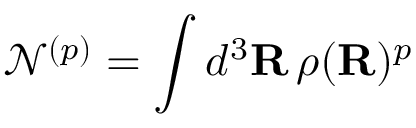
\mathcal { N } ^ { ( { p } ) } = \int d ^ { 3 } \mathbf { R } \, \rho ( \mathbf { R } ) ^ { { p } }